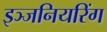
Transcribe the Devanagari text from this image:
इञ्जनियरिंग